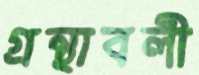
গ্রন্থাবলী